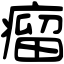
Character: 瘤